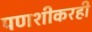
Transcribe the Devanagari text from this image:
पणशीकरही